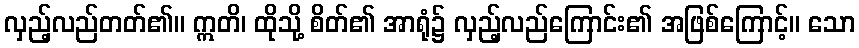
လှည့်လည်တတ်၏။ ဣတိ၊ ထိုသို့ စိတ်၏ အာရုံ၌ လှည့်လည်ကြောင်း၏ အဖြစ်ကြောင့်။ သော